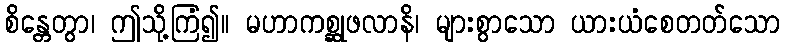
စိန္တေတွာ၊ ဤသို့ကြံ၍။ မဟာကစ္ဆုဖလာနိ၊ များစွာသော ယားယံစေတတ်သော